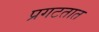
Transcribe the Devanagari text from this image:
प्रगटतात